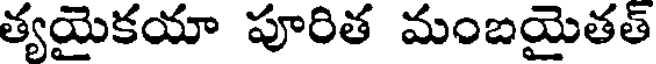
త్యయైకయా పూరిత మంబయైతత్